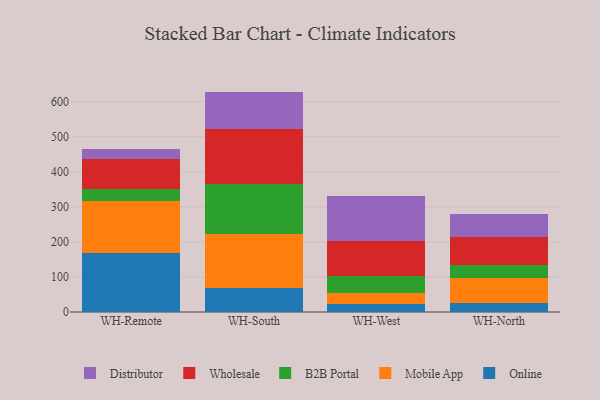
{"axis": {"x": "Warehouse", "y": "Website Visitors"}, "legend": ["B2B Portal", "Distributor", "Mobile App", "Online", "Wholesale"], "data": [{"x": "WH-Remote", "y": 168.5, "type": "Online"}, {"x": "WH-Remote", "y": 149.5, "type": "Mobile App"}, {"x": "WH-Remote", "y": 33.2, "type": "B2B Portal"}, {"x": "WH-Remote", "y": 85.6, "type": "Wholesale"}, {"x": "WH-Remote", "y": 27.0, "type": "Distributor"}, {"x": "WH-South", "y": 69.1, "type": "Online"}, {"x": "WH-South", "y": 152.1, "type": "Mobile App"}, {"x": "WH-South", "y": 144.3, "type": "B2B Portal"}, {"x": "WH-South", "y": 156.8, "type": "Wholesale"}, {"x": "WH-South", "y": 106.6, "type": "Distributor"}, {"x": "WH-West", "y": 21.6, "type": "Online"}, {"x": "WH-West", "y": 32.6, "type": "Mobile App"}, {"x": "WH-West", "y": 47.4, "type": "B2B Portal"}, {"x": "WH-West", "y": 100.4, "type": "Wholesale"}, {"x": "WH-West", "y": 129.7, "type": "Distributor"}, {"x": "WH-North", "y": 25.2, "type": "Online"}, {"x": "WH-North", "y": 70.6, "type": "Mobile App"}, {"x": "WH-North", "y": 37.9, "type": "B2B Portal"}, {"x": "WH-North", "y": 80.9, "type": "Wholesale"}, {"x": "WH-North", "y": 66.1, "type": "Distributor"}]}